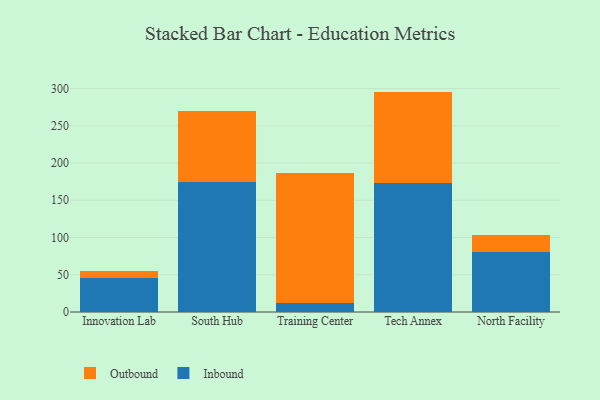
{"axis": {"x": "Campus", "y": "Waste Production (Tons)"}, "legend": ["Inbound", "Outbound"], "data": [{"x": "Innovation Lab", "y": 46.1, "type": "Inbound"}, {"x": "Innovation Lab", "y": 8.3, "type": "Outbound"}, {"x": "South Hub", "y": 174.6, "type": "Inbound"}, {"x": "South Hub", "y": 94.9, "type": "Outbound"}, {"x": "Training Center", "y": 12.2, "type": "Inbound"}, {"x": "Training Center", "y": 174.6, "type": "Outbound"}, {"x": "Tech Annex", "y": 173.0, "type": "Inbound"}, {"x": "Tech Annex", "y": 122.9, "type": "Outbound"}, {"x": "North Facility", "y": 80.3, "type": "Inbound"}, {"x": "North Facility", "y": 23.3, "type": "Outbound"}]}